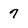
Character: 7